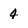
Character: 4